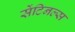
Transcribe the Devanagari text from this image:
सेंटिनल्स